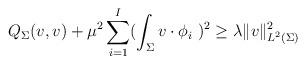
LaTeX: \begin{align*} Q_{\Sigma}(v, v)+ \mu^2\sum_{i=1}^I (\int_{\Sigma}v\cdot \phi_i\ )^2 \geq \lambda\|v\|^2_{L^2(\Sigma)} \end{align*}